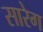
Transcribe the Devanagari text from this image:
सारेग